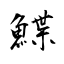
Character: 鰈